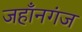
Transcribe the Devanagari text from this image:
जहाँनगंज